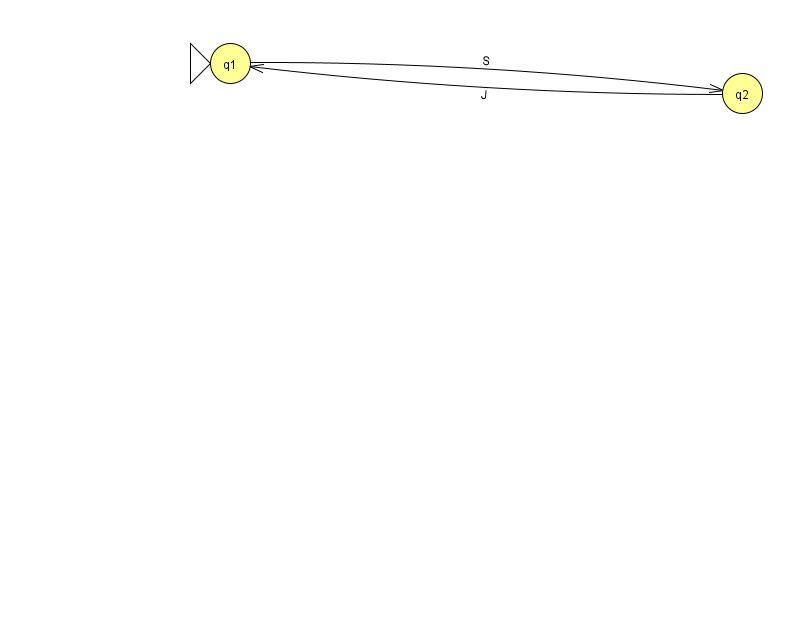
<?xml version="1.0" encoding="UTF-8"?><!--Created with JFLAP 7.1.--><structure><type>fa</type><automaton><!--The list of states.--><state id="1" name="q1"><x>230.0</x><y>50.0</y><initial/></state><state id="2" name="q2"><x>742.0</x><y>80.0</y></state><!--The list of transitions.--><transition><from>1</from><to>2</to><read>S</read></transition><transition><from>2</from><to>1</to><read>J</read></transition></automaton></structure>